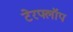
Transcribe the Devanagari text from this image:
टेरफ्लॉप